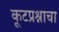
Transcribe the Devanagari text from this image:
कूटप्रश्नाचा